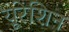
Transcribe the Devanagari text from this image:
यूरेशिन